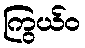
ကြွယ်ဝ